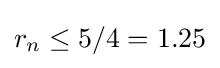
r_{n}\leq 5/4=1.25